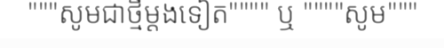
"""សូមជាថ្មីម្តងទៀត"""" ឬ """"សូម"""